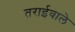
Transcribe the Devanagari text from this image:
तराईवाले